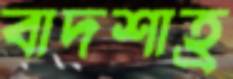
বাদশাহ্র